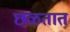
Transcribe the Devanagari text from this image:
छळतात